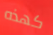
كهذه